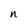
Character: n